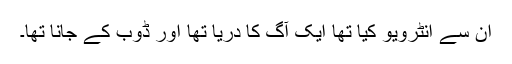
ان سے انٹرویو کیا تھا ایک آگ کا دریا تھا اور ڈوب کے جانا تھا۔